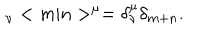
{ \hphantom > } _ { \nu } < m | n > ^ { \mu } = \delta _ { \nu } ^ { \mu } \delta _ { m + n } . \nonumber